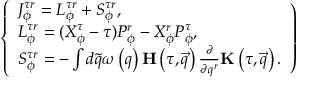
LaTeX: \left\{ \begin{array} { l } { { J _ { \phi } ^ { \tau r } = L _ { \phi } ^ { \tau r } + S _ { \phi } ^ { \tau r } , } } \\ { { L _ { \phi } ^ { \tau r } = ( X _ { \phi } ^ { \tau } - \tau ) P _ { \phi } ^ { r } - X _ { \phi } ^ { r } P _ { \phi } ^ { \tau } , } } \\ { { S _ { \phi } ^ { \tau r } = - \int d \tilde { q } \omega \left( q \right) { \bf H } \left( \tau , \vec { q } \right) \frac \partial { \partial q ^ { r } } { \bf K } \left( \tau , \vec { q } \right) . } } \end{array} \right)